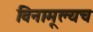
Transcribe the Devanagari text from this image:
विनामूल्यच